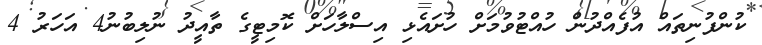
ކުންފުނިތައް އުފެއްދުން ހުއްޓުވުމަށް ހުށައެޅި އިސްލާހަށް ކޮމިޓީގެ ތާއީދު ނުލިބުނު4 އަހަރު 4